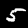
Digit: 5